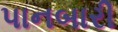
પાનબારી